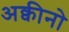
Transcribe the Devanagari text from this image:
अक्वीनो